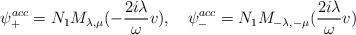
LaTeX: \begin{align*}\psi _{+}^{acc}=N_{1}M_{\lambda ,\mu }(-\frac{2i\lambda }{\omega }v),\quad\psi _{-}^{acc}=N_{1}M_{-\lambda ,-\mu }(\frac{2i\lambda }{\omega }v)\end{align*}